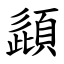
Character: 頿